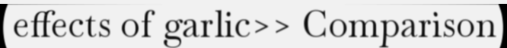
effects of garlic>> Comparison